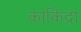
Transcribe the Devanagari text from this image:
काकिंद्रा